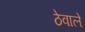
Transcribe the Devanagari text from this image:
ठेवाले